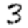
Digit: 3